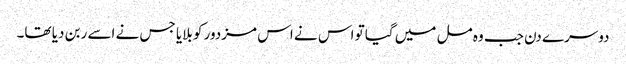
دوسرے دن جب وہ مل میں گیا تو اس نے اس مزدور کو بلایا جس نے اسے ربن دیا تھا۔